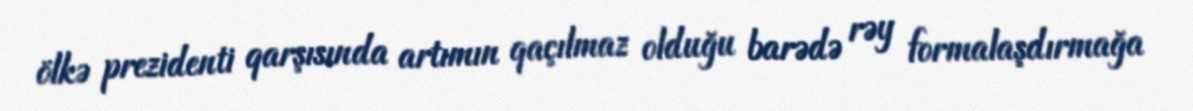
ölkə prezidenti qarşısında artımın qaçılmaz olduğu barədə rəy formalaşdırmağa